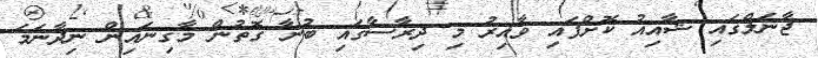
ޖާނަލްގައި ޝާއިއު ކޮށްފައި ވާއިރު މި ދިރާސާގައި ބުނާ ގޮތުން މާގިނައިން ނިދާނަމަ